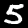
Digit: 5